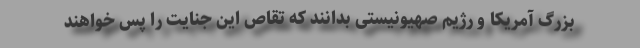
بزرگ آمریکا و رژیم صهیونیستی بدانند که تقاص این جنایت را پس خواهند